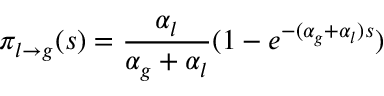
\pi _ { l \to g } ( s ) = \frac { \alpha _ { l } } { \alpha _ { g } + \alpha _ { l } } ( 1 - e ^ { - ( \alpha _ { g } + \alpha _ { l } ) s } )